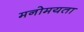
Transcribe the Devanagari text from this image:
मनोमयता